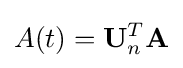
A(t)=\mathbf {U} _{n}^{T}\mathbf {A}